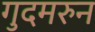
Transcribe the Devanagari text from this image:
गुदमरुन